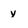
Character: y